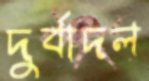
দুর্বাদল